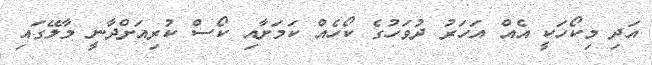
އަދި މިކޯހަކީ އެއް އަހަރު ދުވަހުގެ ކޯހެއް ކަމަށާއި ކޯސް ކުރިއަށްދާނީ މާލޭގައި